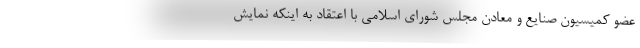
عضو کمیسیون صنایع و معادن مجلس شورای اسلامی با اعتقاد به اینکه نمایش